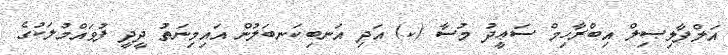
އަލްފާލިޞިލް އިބްރާހިމް ސަޢީދު މުސާ (ކ) އަދި އަނބިކަނބަލުން އައިމިނަތު ދީދީ ފުވައްމުލަކުގެ